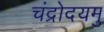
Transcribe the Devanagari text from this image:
चंद्रोदयमु